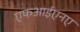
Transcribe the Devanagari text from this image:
एफआईएनए